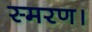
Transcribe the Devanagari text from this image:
स्मरण।